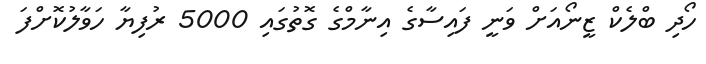
ހޯދި ބްލެކް ޒީނޯއަށް ވަނީ ފައިސާގެ އިނާމްގެ ގޮތުގައި 5000 ރުފިޔާ ހަވާލުކޮށްފަ